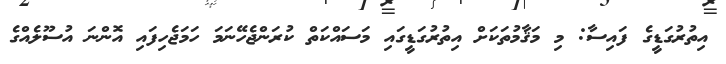
އިތުރުގަޑީގެ ފައިސާ: މި މަޤާމުތަކަށް އިތުރުގަޑީގައި މަސައްކަތް ކުރަންޖެހޭނަމަ ހަމަޖެހިފައި އޮންނަ އުސޫލެއްގެ